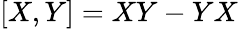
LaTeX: [X,Y]=XY-YX